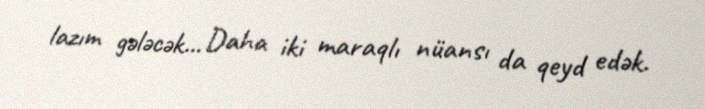
lazım gələcək... Daha iki maraqlı nüansı da qeyd edək.